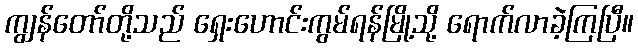
ကျွန်တော်တို့သည် ရှေးဟောင်းကွမ်ရန်မြို့သို့ ရောက်လာခဲ့ကြပြီ။